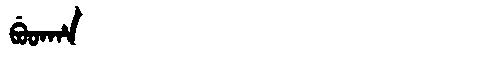
Manchu: ᠪᡠᡨᡥᠠ
Romanization: BUTHA